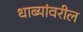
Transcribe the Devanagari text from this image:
धाब्यांवरील